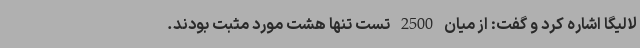
لالیگا اشاره کرد و گفت: از میان 2500 تست تنها هشت مورد مثبت بودند.